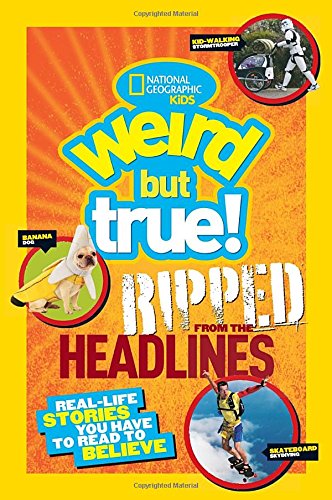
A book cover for National Geographic Kids Weird but True!: Ripped from the Headlines: Real-life Stories You Have to Read to Believe; National Geographic Kids; Children's Books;